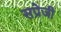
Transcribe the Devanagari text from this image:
सप्रेजी